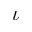
\iota